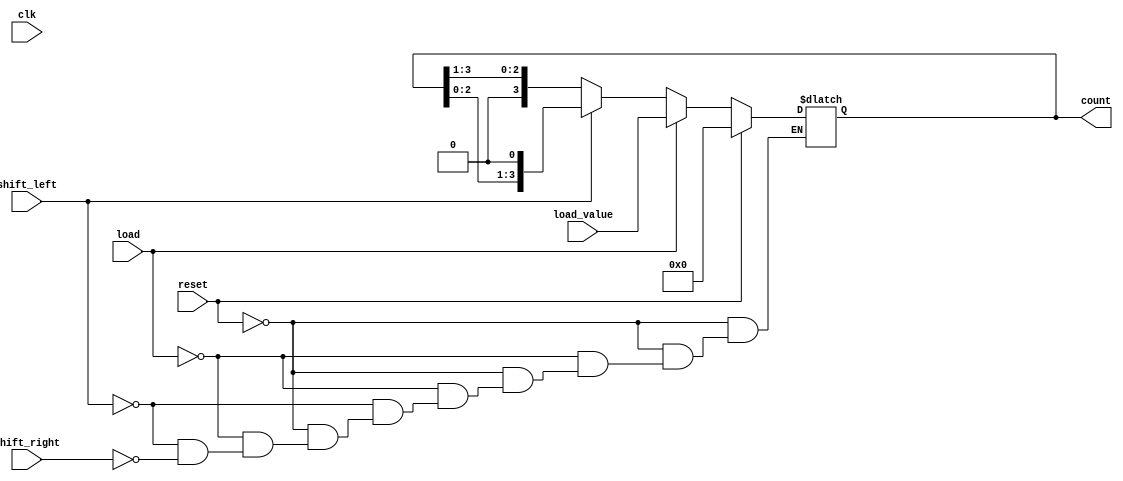
module async_shift_counter (
    input wire clk,          // Clock input
    input wire reset,        // Asynchronous reset
    input wire load,         // Load control
    input wire shift_left,   // Shift left control
    input wire shift_right,  // Shift right control
    input wire [3:0] load_value, // Value to load into the counter
    output reg [3:0] count   // 4-bit counter output
);

// Asynchronous reset
always @(*) begin
    if (reset) begin
        count = 4'b0000; // Reset counter to 0
    end else if (load) begin
        count = load_value; // Load the specified value
    end else if (shift_left) begin
        count = {count[2:0], 1'b0}; // Shift left and introduce a 0
    end else if (shift_right) begin
        count = {1'b0, count[3:1]}; // Shift right and introduce a 0
    end
end

endmodule